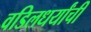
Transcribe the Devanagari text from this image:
वडिलधर्यांची